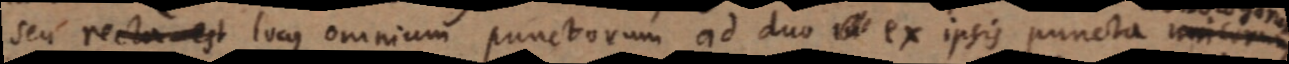
seu recta est locus omnium punctorum ad duo in ex ipsis puncta unicorum